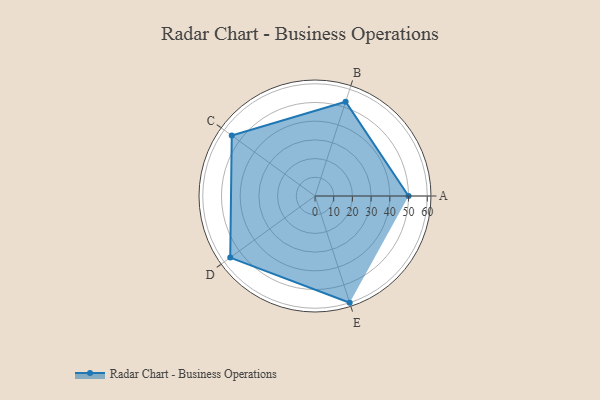
{"axis": {"x": "Skill", "y": "Score"}, "legend": ["Profile"], "data": [{"x": "A", "y": 50.0, "type": "Profile"}, {"x": "B", "y": 53.0, "type": "Profile"}, {"x": "C", "y": 55.0, "type": "Profile"}, {"x": "D", "y": 56.0, "type": "Profile"}, {"x": "E", "y": 60.0, "type": "Profile"}]}